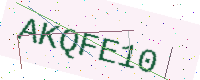
Text: AKQFE10